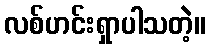
လစ်ဟင်းရှာပါသတဲ့။